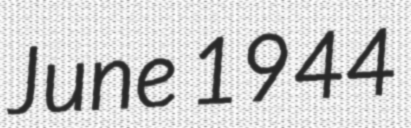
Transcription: June 1944